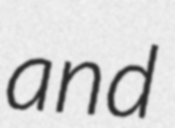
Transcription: and